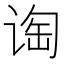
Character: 𬤁